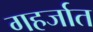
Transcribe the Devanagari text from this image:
गहर्जात